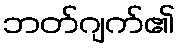
ဘတ်ဂျက်၏